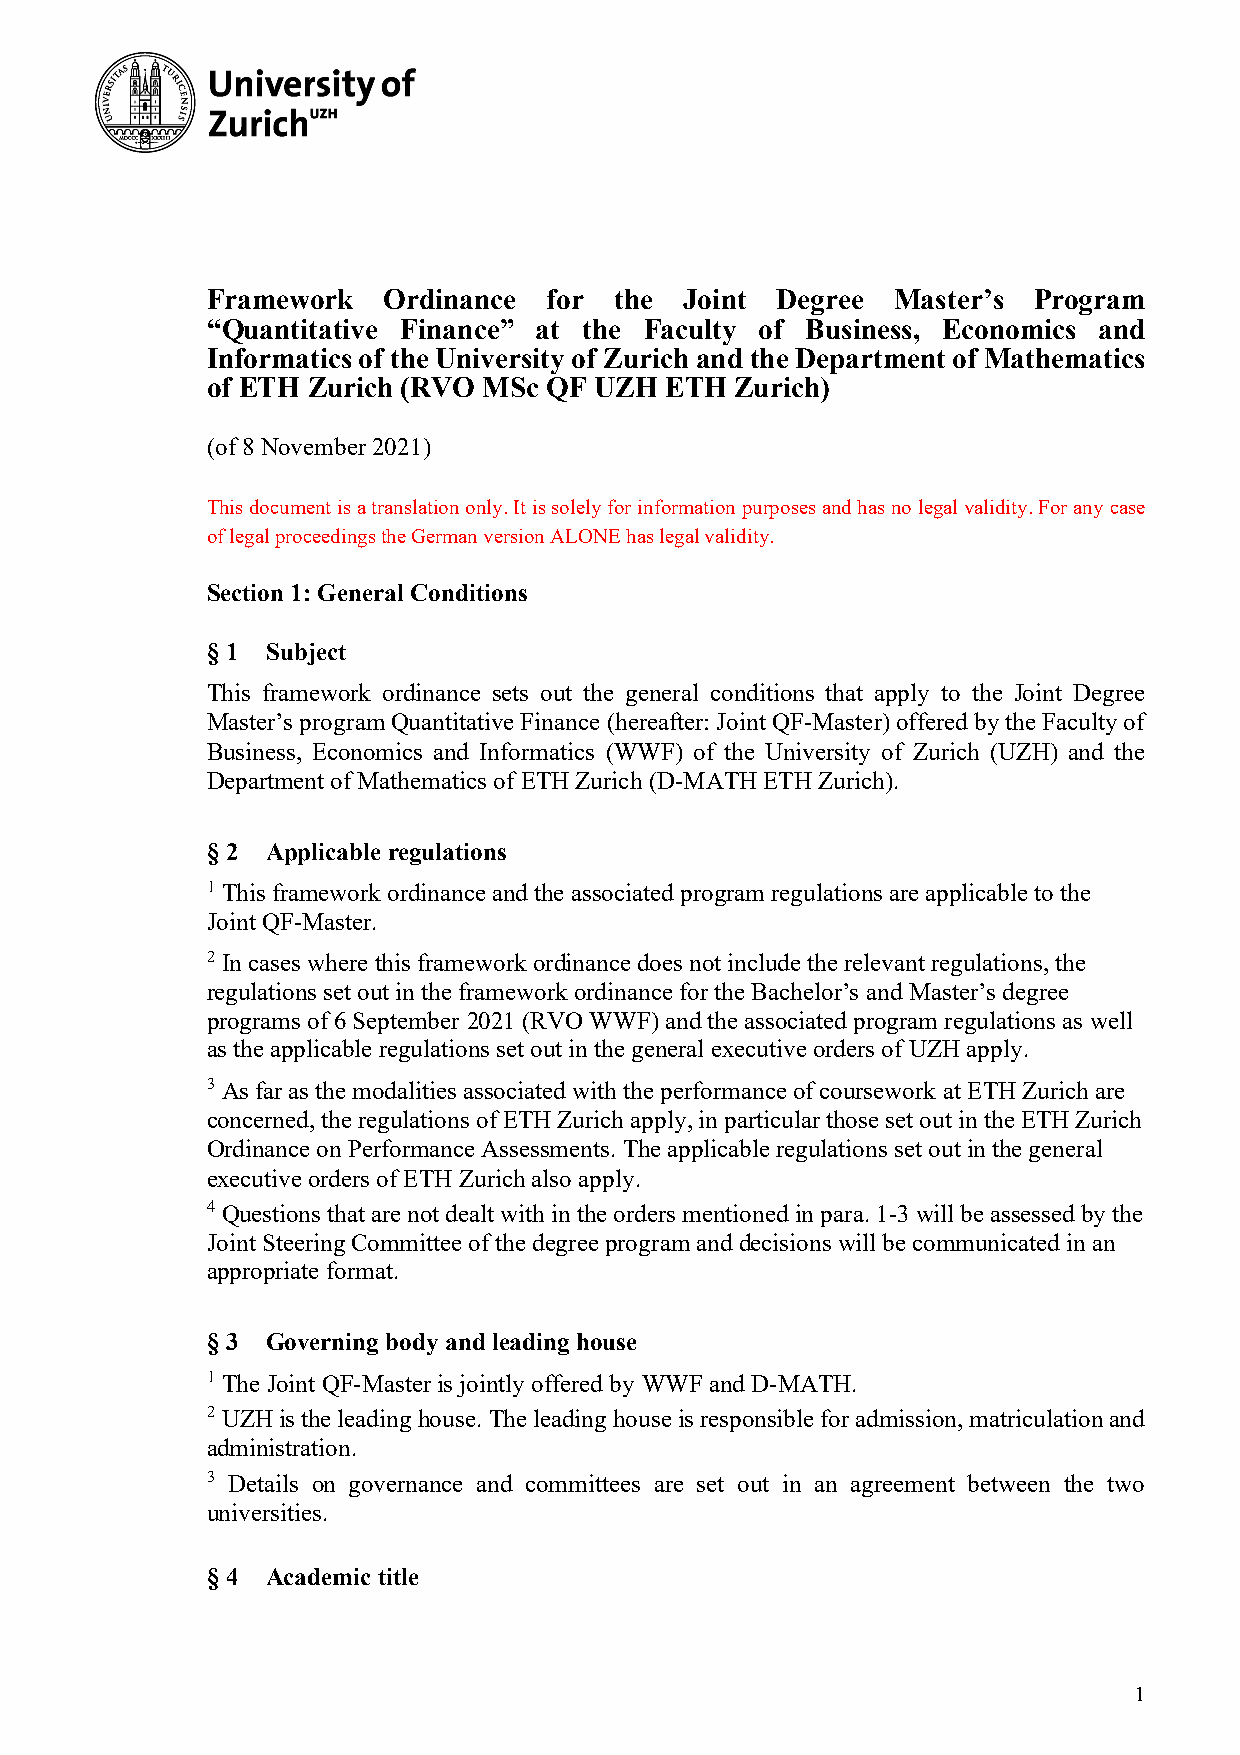
Framework  Ordinance  for  the Joint Degree  Master’s Program
 “Quantitative Finance” at the Faculty of Business, Economics and
 Informatics of the University of Zurich and the Department of Mathematics
 of ETH Zurich (RVO MSc QF UZH ETH  Zurich)
 (of 8 November 2021)
 This document is a translation only. It is solely for information purposes and has no legal validity. For any case
 of legal proceedings the German version ALONE has legal validity.
 Section 1: General Conditions
 § 1 Subject
 This framework ordinance sets out the general conditions that apply to the Joint Degree
 Master’s program Quantitative Finance (hereafter: Joint QF-Master) offered by the Faculty of
 Business, Economics and Informatics (WWF) of the University of Zurich (UZH) and the
 Department of Mathematics of ETH Zurich (D-MATH ETH Zurich).
 § 2 Applicable regulations
 1 This framework ordinance and the associated program regulations are applicable to the
 Joint QF-Master.
 2 In cases where this framework ordinance does not include the relevant regulations, the
 regulations set out in the framework ordinance for the Bachelor’s and Master’s degree
 programs of 6 September 2021 (RVO WWF) and the associated program regulations as well
 as the applicable regulations set out in the general executive orders of UZH apply.
 3 As far as the modalities associated with the performance of coursework at ETH Zurich are
 concerned, the regulations of ETH Zurich apply, in particular those set out in the ETH Zurich
 Ordinance on Performance Assessments. The applicable regulations set out in the general
 executive orders of ETH Zurich also apply.
 4 Questions that are not dealt with in the orders mentioned in para. 1-3 will be assessed by the
 Joint Steering Committee of the degree program and decisions will be communicated in an
 appropriate format.
 § 3 Governing body and leading house
 1 The Joint QF-Master is jointly offered by WWF and D-MATH.
 2 UZH is the leading house. The leading house is responsible for admission, matriculation and
 administration.
 3 Details on governance and committees are set out in an agreement between the two
 universities.
 § 4 Academic title
 1